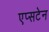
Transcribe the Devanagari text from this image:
एप्सटेन